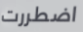
اضطررت